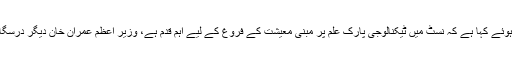
تفصیلات کے مطابق فردوس عاشق اعوان نے ٹویٹ کرتے ہوئے کہا ہے کہ نسٹ میں ٹیکنالوجی پارک علم پر مبنی معیشت کے فروغ کے لیے اہم قدم ہے، وزیر اعظم عمران خان دیگر درسگاہوں میں بھی ٹیکنالوجی پارکس بنانے کے لیے پُر عزم ہیں۔